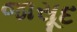
જાસૂદ